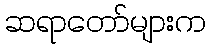
ဆရာတော်များက